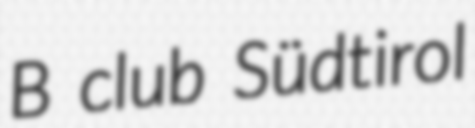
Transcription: B club Südtirol